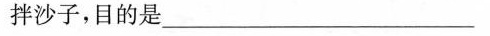
拌沙子，目的是____